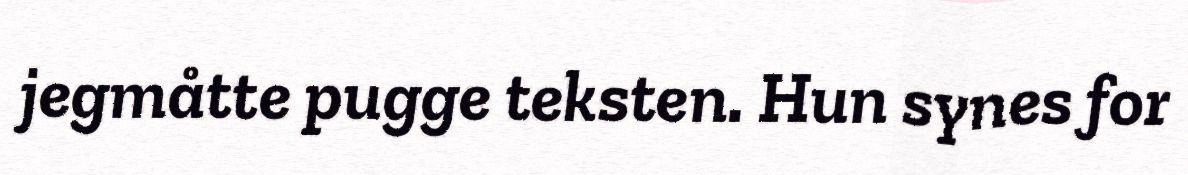
jegmåtte pugge teksten. Hun synes for